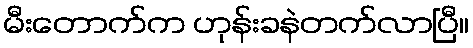
မီးတောက်က ဟုန်းခနဲတက်လာပြီ။